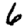
Digit: 6